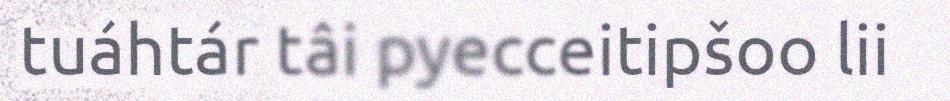
tuáhtár tâi pyecceitipšoo lii